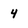
Character: 4